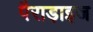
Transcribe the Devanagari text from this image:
पैराड़ाइज